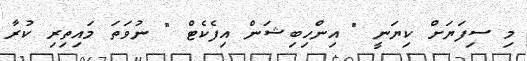
މި ސިފަޔަށް ކިޔަނީ " އިންހިބިޝަން އިފެކެޓް " ނުވަތަ މައިތިރި ކުރާ